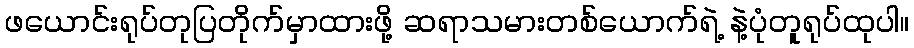
ဖယောင်းရုပ်တုပြတိုက်မှာထားဖို့ ဆရာသမားတစ်ယောက်ရဲ့ နဲ့ပုံတူရုပ်ထုပါ။